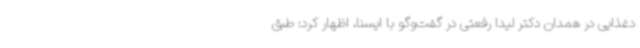
دغذایی در همدان دکتر لیدا رفعتی در گفت‌وگو با ایسنا، اظهار کرد: طبق